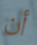
أن